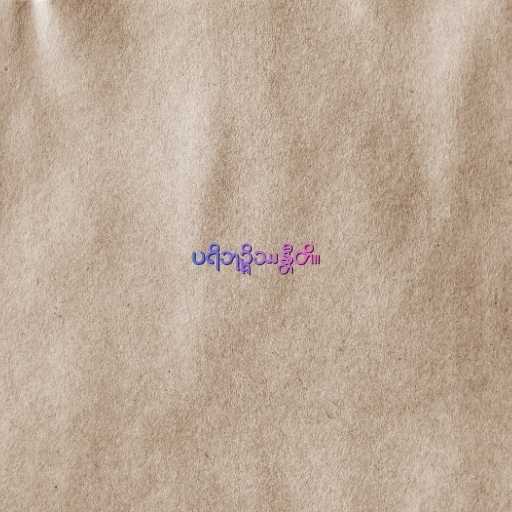
ပရိဘုဉ္ဇိဿန္တီတိ။